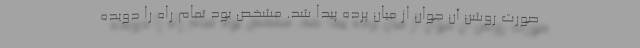
صورت روشن آن جوان از میان پرده پیدا شد. مشخص بود تمام راه را دویده